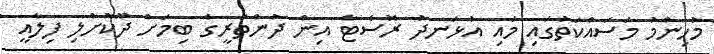
މުހިންމު މަސައްކަތުގައި މައި އުޅަނދު ރޮސެޓާ އިން ދުންތަރީގެ ބިމަށް ދޫކޮށްލި ފިލާއީ